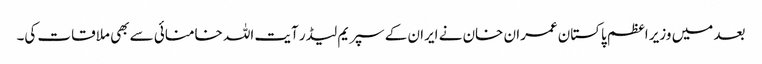
بعد میں وزیر اعظم پاکستان عمران خان نے ایران کے سپریم لیڈر آیت اللہ خامنائی سے بھی ملاقات کی۔